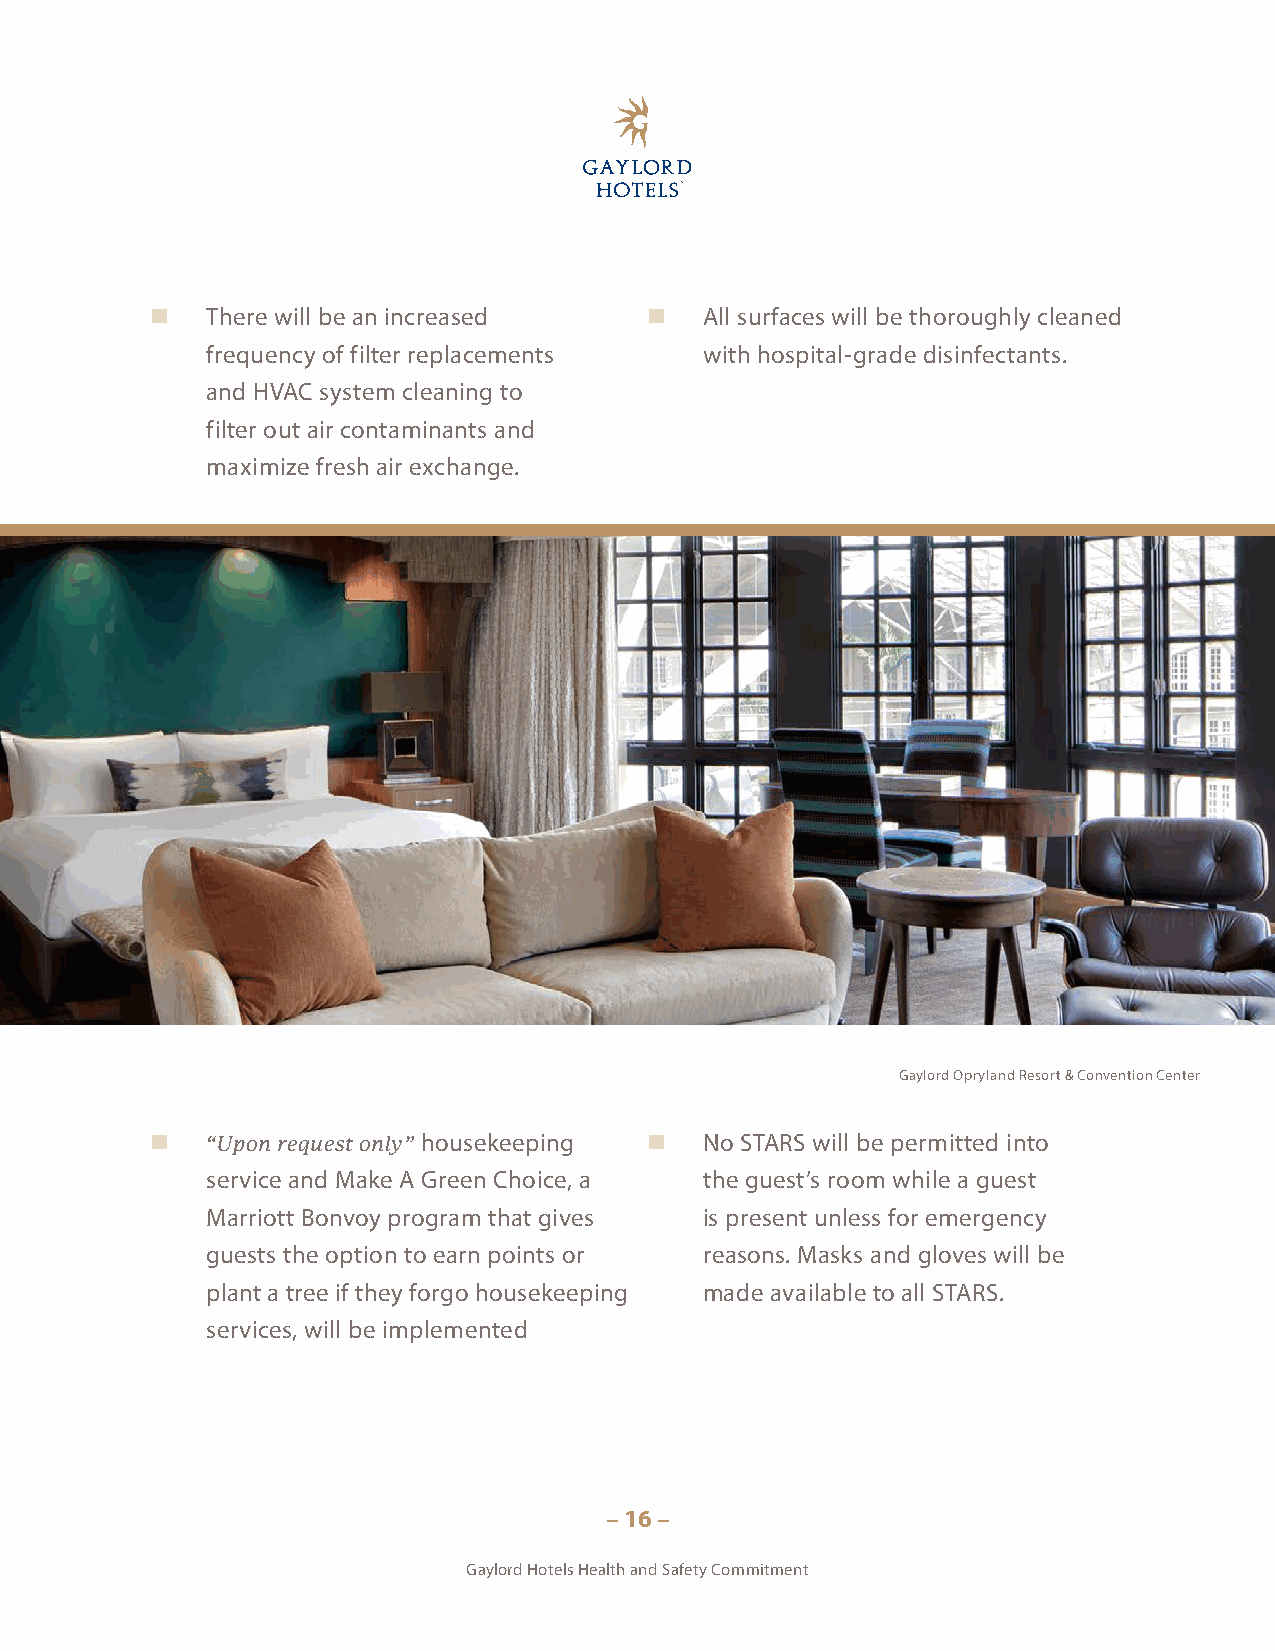
   There will be an increased      All surfaces will be thoroughly cleaned
 frequency of filter replacements with hospital-grade disinfectants.
 and HVAC system cleaning to
 filter out air contaminants and
 maximize fresh air exchange.
 Gaylord Opryland Resort & Convention Center
    “Upon request only” housekeeping  No STARS will be permitted into
 service and Make A Green Choice, a the guest’s room while a guest
 Marriott Bonvoy program that gives is present unless for emergency
 guests the option to earn points or reasons. Masks and gloves will be
 plant a tree if they forgo housekeeping made available to all STARS.
 services, will be implemented
 – 16 –
 Gaylord Hotels Health and Safety Commitment